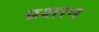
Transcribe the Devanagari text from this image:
प्रशान